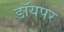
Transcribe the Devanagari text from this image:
डॉयपर